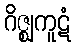
ဂိဇ္ဈကူဋံ